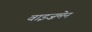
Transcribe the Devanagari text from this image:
वाइज़मेन